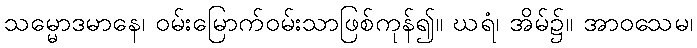
သမ္မောဒမာနေ၊ ဝမ်းမြောက်ဝမ်းသာဖြစ်ကုန်၍။ ဃရံ၊ အိမ်၌။ အာဝသေမ၊